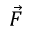
\vec { F }